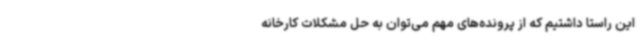
این راستا داشتیم که از پرونده‌های مهم می‌توان به حل مشکلات کارخانه